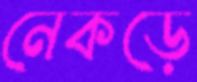
নেকড়ে